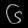
Digit: ၆